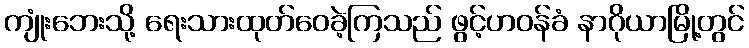
ကျုံးဘေးသို့ ရေးသားထုတ်ဝေခဲ့ကြသည် ဖွင့်ဟဝန်ခံ နာဂိုယာမြို့တွင်